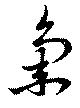
集